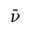
\bar { \nu }